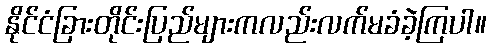
နိုင်ငံခြားတိုင်းပြည်များကလည်းလက်မခံခဲ့ကြပါ။